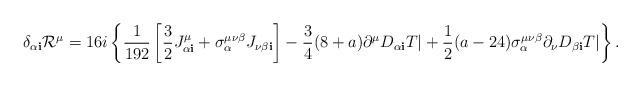
LaTeX: \begin{align*}\delta_{\alpha {\mathbf i}} {\cal R}^\mu = 16i \left\{ \frac{1}{192} \left[ \frac{3}{2} J^\mu_{\alpha {\mathbf i}} + \sigma_\alpha^{\mu\nu\beta} J_{\nu\beta{\mathbf i}} \right] - \frac{3}{4}(8+a) \partial^\mu D_{\alpha{\mathbf i}} T| + \frac{1}{2} (a-24) \sigma_\alpha^{\mu\nu\beta} \partial_\nu D_{\beta{\mathbf i}} T| \right\}.\end{align*}